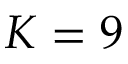
K = 9